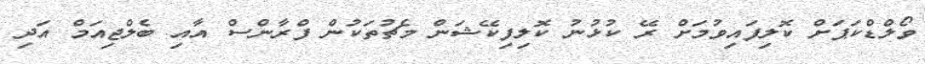
ވޯލްޑްކަޕަށް ކޮލިފައިވުމަށް ރޭ ކުޅުނު ކޮލިފިކޭޝަން މެޗުތަކުން ފްރާންސް އާއި ބެލްޖިއަމް އަދި